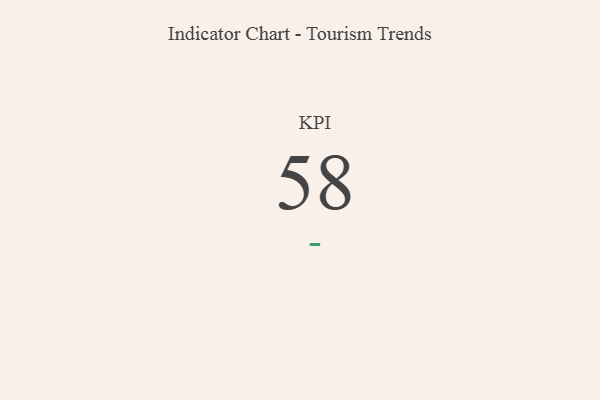
{"axis": {"x": "KPI", "y": "Value"}, "legend": [""], "data": [{"x": "KPI", "y": 58, "type": ""}]}